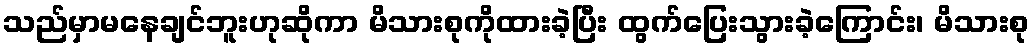
သည်မှာမနေချင်ဘူးဟုဆိုကာ မိသားစုကိုထားခဲ့ပြီး ထွက်ပြေးသွားခဲ့ကြောင်း၊ မိသားစု